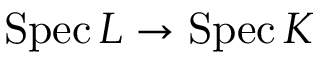
\operatorname { S p e c } L \to \operatorname { S p e c } K